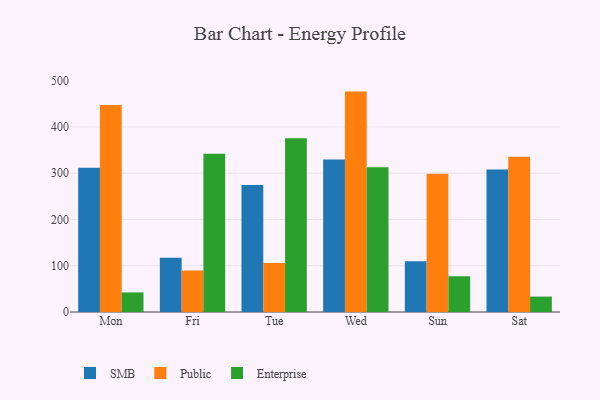
{"axis": {"x": "Day", "y": "Website Visitors"}, "legend": ["Enterprise", "Public", "SMB"], "data": [{"x": "Mon", "y": 311.8, "type": "SMB"}, {"x": "Mon", "y": 447.6, "type": "Public"}, {"x": "Mon", "y": 42.3, "type": "Enterprise"}, {"x": "Fri", "y": 117.3, "type": "SMB"}, {"x": "Fri", "y": 89.8, "type": "Public"}, {"x": "Fri", "y": 342.0, "type": "Enterprise"}, {"x": "Tue", "y": 274.6, "type": "SMB"}, {"x": "Tue", "y": 106.0, "type": "Public"}, {"x": "Tue", "y": 375.8, "type": "Enterprise"}, {"x": "Wed", "y": 329.8, "type": "SMB"}, {"x": "Wed", "y": 476.4, "type": "Public"}, {"x": "Wed", "y": 313.1, "type": "Enterprise"}, {"x": "Sun", "y": 109.5, "type": "SMB"}, {"x": "Sun", "y": 298.8, "type": "Public"}, {"x": "Sun", "y": 77.3, "type": "Enterprise"}, {"x": "Sat", "y": 307.9, "type": "SMB"}, {"x": "Sat", "y": 335.5, "type": "Public"}, {"x": "Sat", "y": 33.3, "type": "Enterprise"}]}